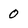
Character: 0